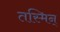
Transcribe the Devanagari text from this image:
तस्मिन्‌